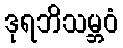
ဒုရဘိသမ္ဘဝံ